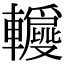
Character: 𨏝